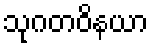
သုဂတဝိနယာ